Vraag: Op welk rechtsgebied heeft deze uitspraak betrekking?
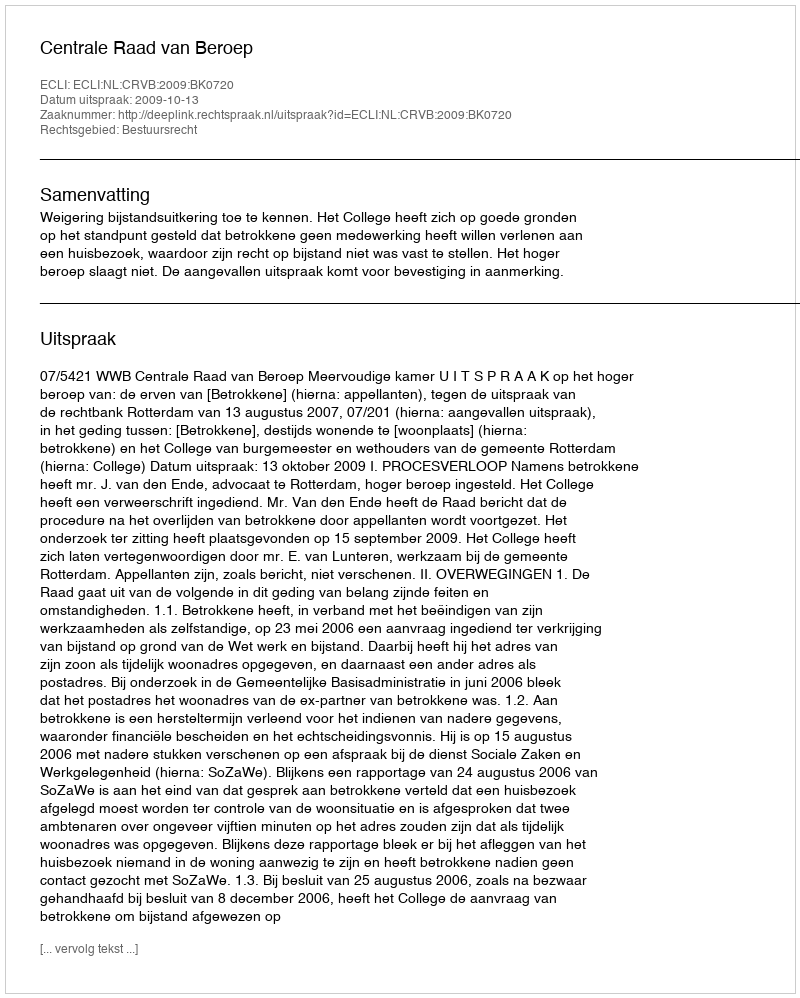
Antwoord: Bestuursrecht